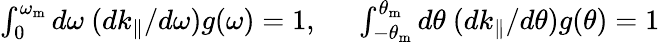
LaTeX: \begin{array}{r}{\int_{0}^{\omega_{\mathrm{m}}}d\omega~(dk_{\parallel}/d\omega)g(\omega)=1,~~~~~\int_{-\theta_{\mathrm{m}}}^{\theta_{\mathrm{m}}}d\theta~(dk_{\parallel}/d\theta)g(\theta)=1}\end{array}